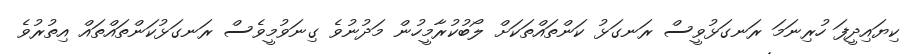
ކިޔައިދީފަ ހުރިނަމަ ރަނގަޅުވީސް ރަނގަޅު ކަންތައްތަކަށް ލޯބުކުރާމީހުން މަދުނުވެ ގިނަވުމީވެސް ރަނގަޅުކަންތައްތައް އިތުރުވެ